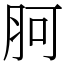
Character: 胢